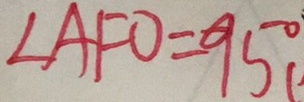
\angle A F O = 9 5 ^ { \circ }